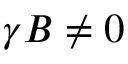
\gamma B \neq 0